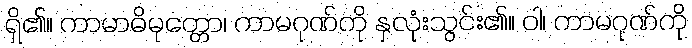
ရှိ၏။ ကာမာဓိမုတ္တော၊ ကာမဂုဏ်ကို နှလုံးသွင်း၏။ ဝါ၊ ကာမဂုဏ်ကို